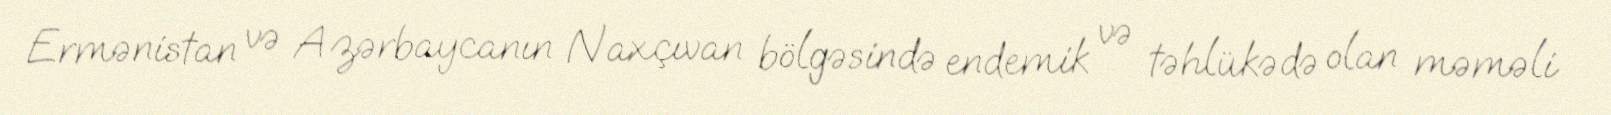
Ermənistan və Azərbaycanın Naxçıvan bölgəsində endemik və təhlükədə olan məməli